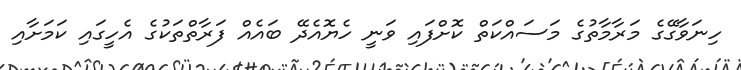
ހިނަވާގޭގެ މަރާމާތުގެ މަސައްކަތް ކޮށްފައި ވަނީ ހެޔޮއެދޭ ބައެއް ފަރާތްތަކުގެ އެހީގައި ކަމަށާއި